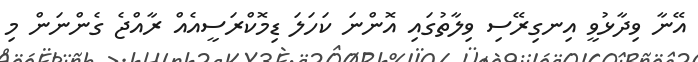
އޭނާ ވިދާޅުވީ އިނގިރޭސި ވިލާތުގައި އޮންނަ ކަހަލަ ޑިމޮކްރަސީއެއް ރާއްޖެ ގެންނަން މި